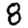
Digit: 8